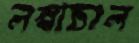
লম্বাচাল